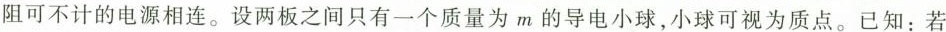
阻可不计的电源相连。设两板之间只有一个质量为m的导电小球，小球可视为质点。已知：若